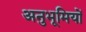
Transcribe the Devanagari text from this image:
अनुभूमियों